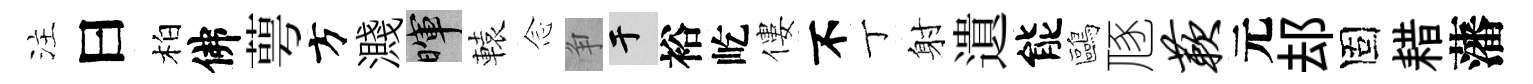
注曰柏佛萼方濺暉轅𫝹争于裕屹僂不丁射遺能鷗豗蔌元𨚫固耤藩